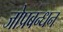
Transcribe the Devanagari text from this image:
जोप्रबन्धन